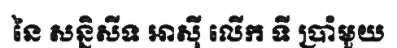
នៃ សន្និសីទ អាស៊ី លើក ទី ប្រាំមួយ